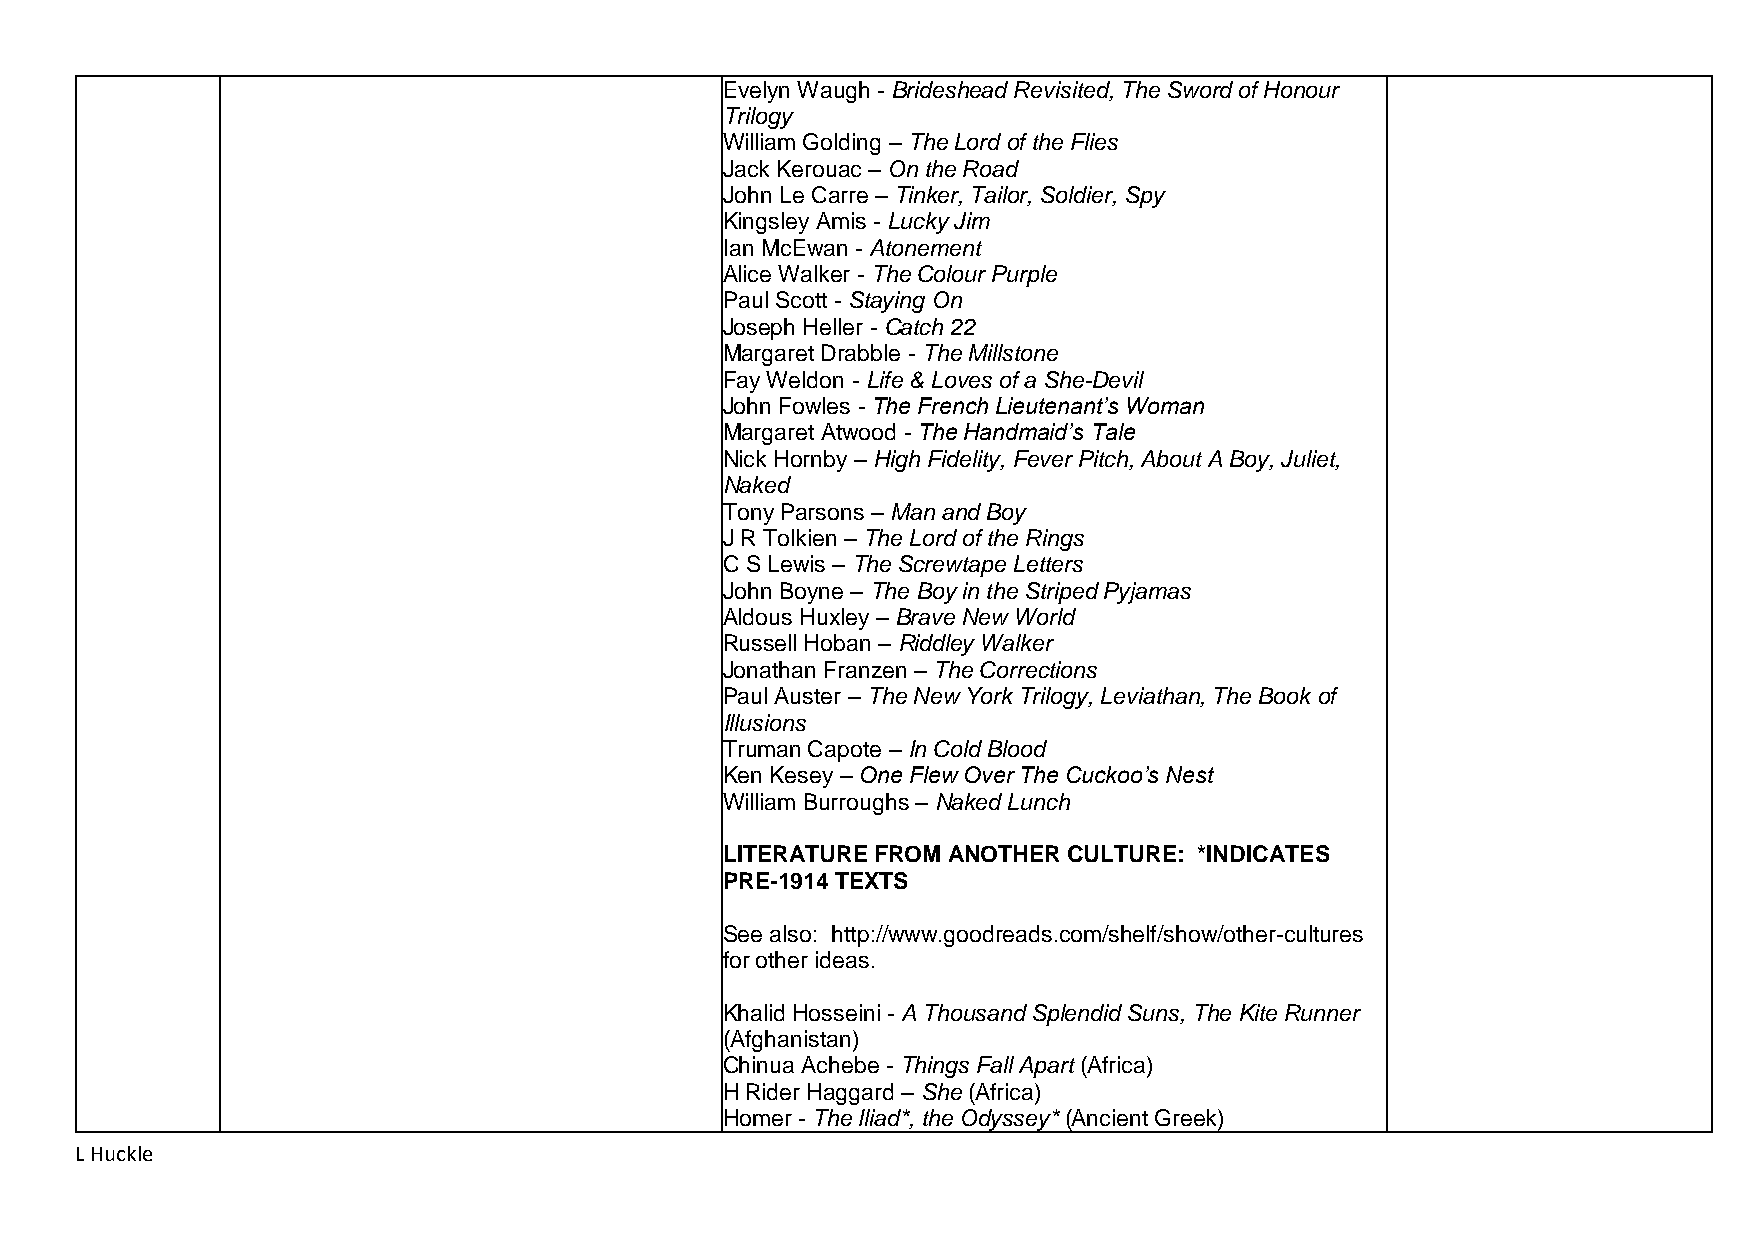
Evelyn Waugh - Brideshead Revisited, The Sword of Honour
 Trilogy
 William Golding – The Lord of the Flies
 Jack Kerouac – On the Road
 John Le Carre – Tinker, Tailor, Soldier, Spy
 Kingsley Amis - Lucky Jim
 Ian McEwan - Atonement
 Alice Walker - The Colour Purple
 Paul Scott - Staying On
 Joseph Heller - Catch 22
 Margaret Drabble - The Millstone
 Fay Weldon - Life & Loves of a She-Devil
 John Fowles - The French Lieutenant’s Woman
 Margaret Atwood - The Handmaid’s Tale
 Nick Hornby – High Fidelity, Fever Pitch, About A Boy, Juliet,
 Naked
 Tony Parsons – Man and Boy
 J R Tolkien – The Lord of the Rings
 C S Lewis – The Screwtape Letters
 John Boyne – The Boy in the Striped Pyjamas
 Aldous Huxley – Brave New World
 Russell Hoban – Riddley Walker
 Jonathan Franzen – The Corrections
 Paul Auster – The New York Trilogy, Leviathan, The Book of
 Illusions
 Truman Capote – In Cold Blood
 Ken Kesey – One Flew Over The Cuckoo’s Nest
 William Burroughs – Naked Lunch
 LITERATURE FROM ANOTHER CULTURE: *INDICATES
 PRE-1914 TEXTS
 See also: http://www.goodreads.com/shelf/show/other-cultures
 for other ideas.
 Khalid Hosseini - A Thousand Splendid Suns, The Kite Runner
 (Afghanistan)
 Chinua Achebe - Things Fall Apart (Africa)
 H Rider Haggard – She (Africa)
 Homer - The Iliad*, the Odyssey* (Ancient Greek)
 L Huckle